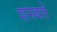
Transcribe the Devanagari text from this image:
शस्यते